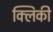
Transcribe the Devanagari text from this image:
क्लिकी